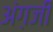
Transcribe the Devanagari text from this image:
अंग़जी